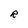
Character: R